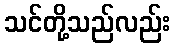
သင်တို့သည်လည်း